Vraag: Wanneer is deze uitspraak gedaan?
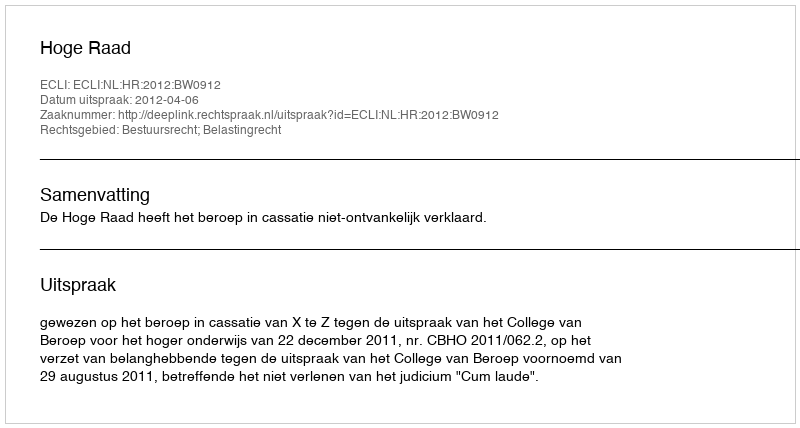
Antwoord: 2012-04-06